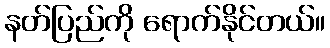
နတ်ပြည်ကို ရောက်နိုင်တယ်။